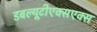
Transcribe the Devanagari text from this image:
डबल्यूटीएक्सएक्स